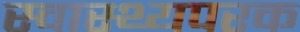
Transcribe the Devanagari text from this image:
स्वास्थ्यपरक